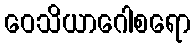
ဝေသိယာဂေါစရော